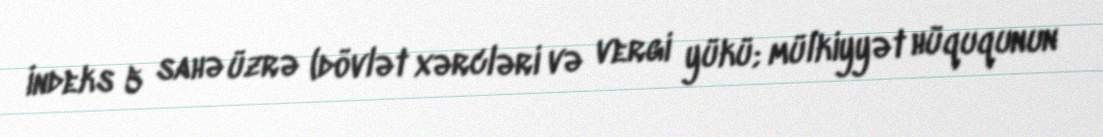
İndeks 5 sahə üzrə (dövlət xərcləri və vergi yükü; mülkiyyət hüququnun